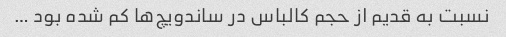
نسبت به قدیم از حجم کالباس در ساندویچ‌ها کم شده بود …